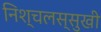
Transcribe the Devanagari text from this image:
निश्चलस्सुखी